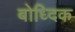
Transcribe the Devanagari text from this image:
बोध्दिक